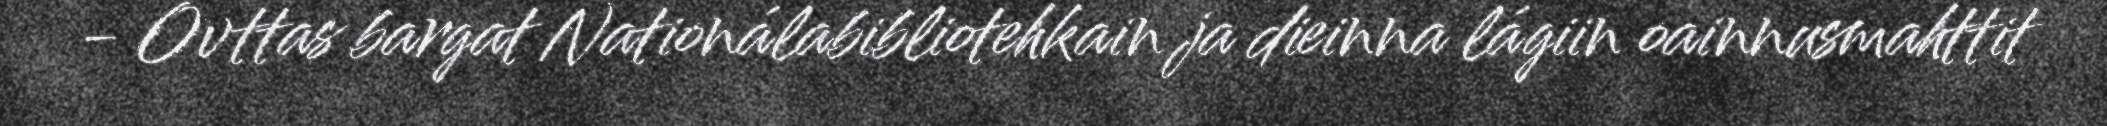
- Ovttas bargat Nationálabibliotehkain ja dieinna lágiin oainnusmahttit